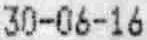
30-06-16